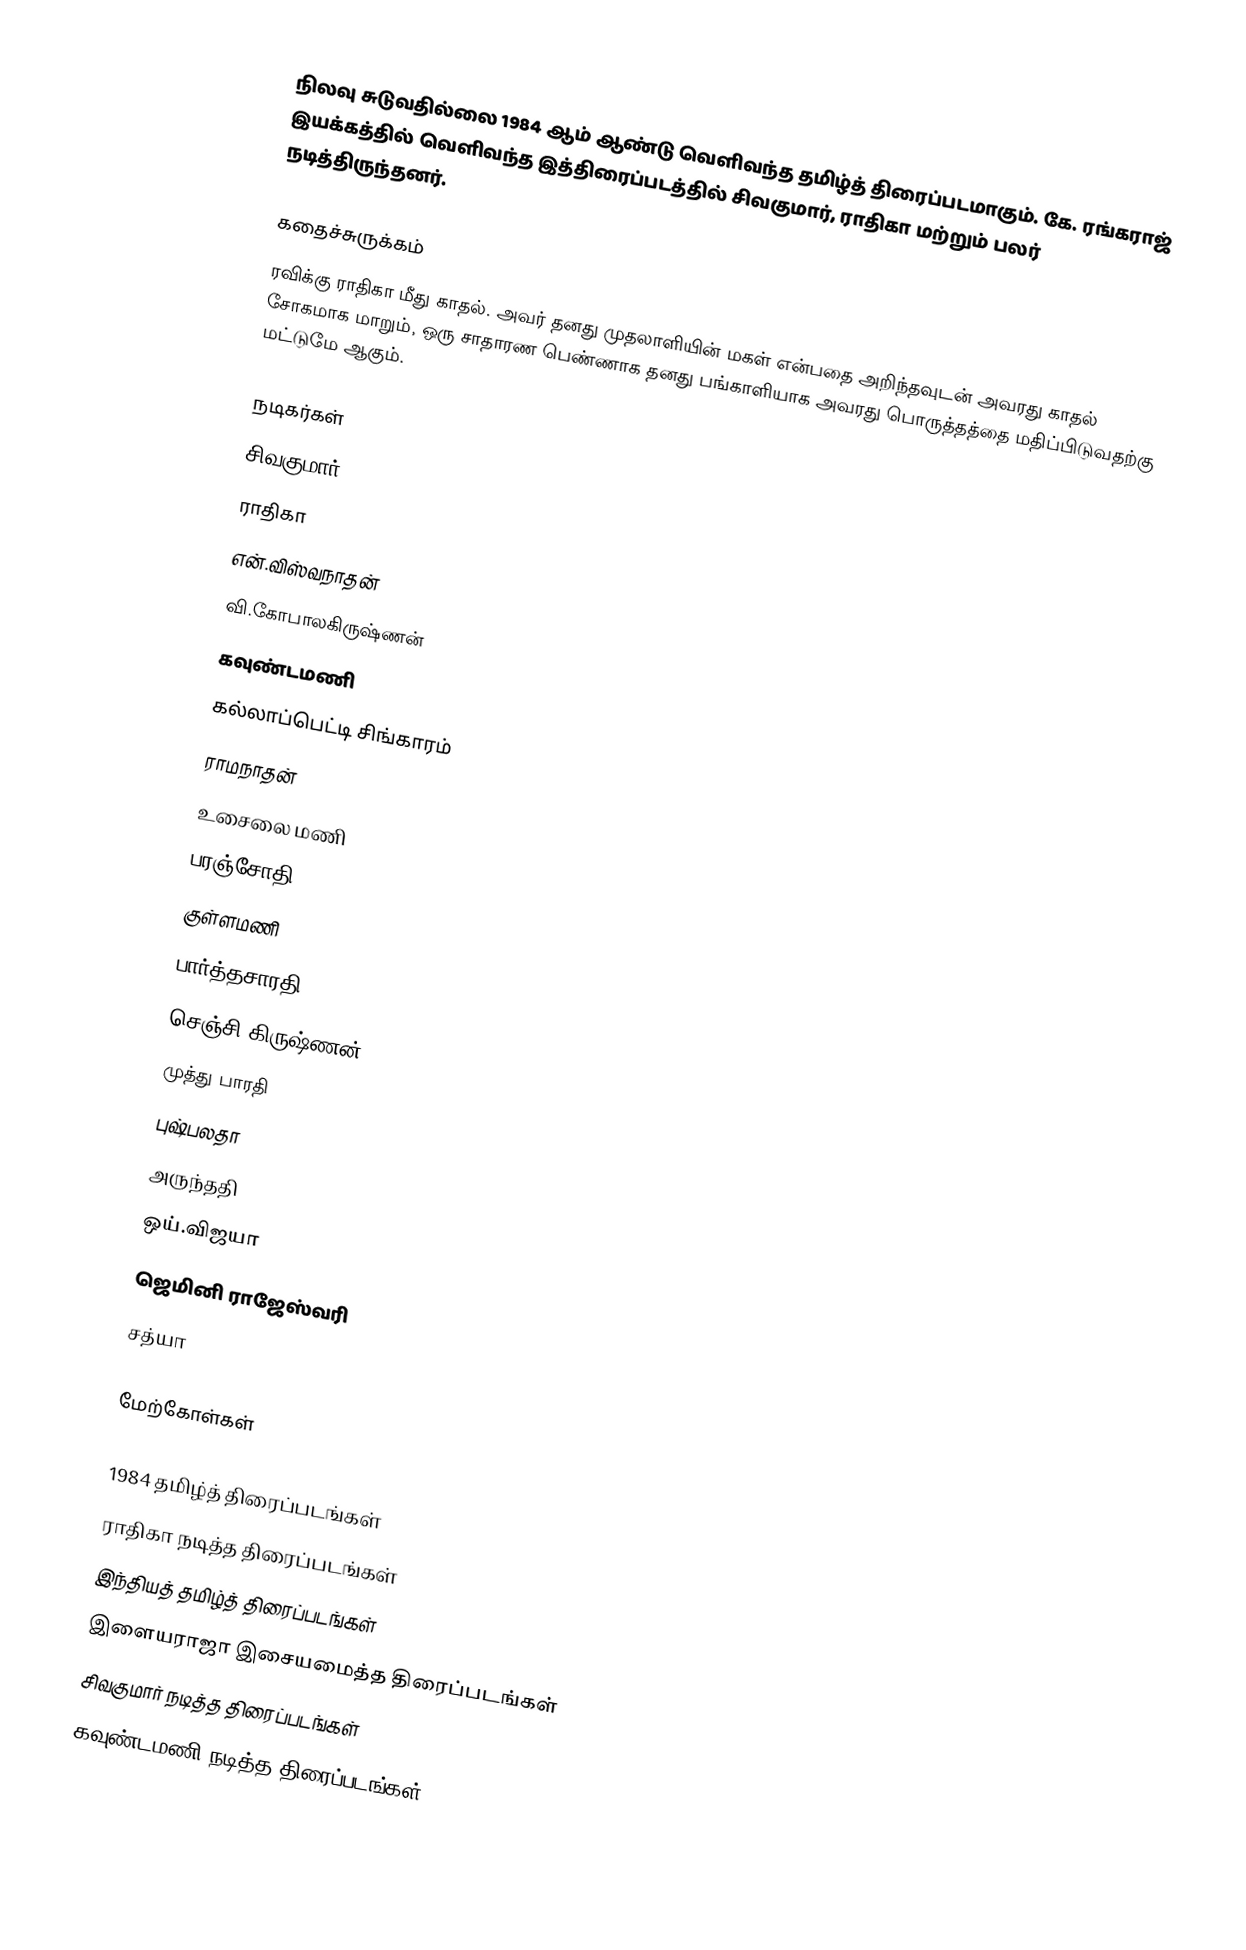
நிலவு சுடுவதில்லை 1984 ஆம் ஆண்டு வெளிவந்த தமிழ்த் திரைப்படமாகும். கே. ரங்கராஜ் இயக்கத்தில் வெளிவந்த இத்திரைப்படத்தில் சிவகுமார், ராதிகா மற்றும் பலர் நடித்திருந்தனர்.

கதைச்சுருக்கம்
ரவிக்கு ராதிகா மீது காதல். அவர் தனது முதலாளியின் மகள் என்பதை அறிந்தவுடன் அவரது காதல் சோகமாக மாறும், ஒரு சாதாரண பெண்ணாக தனது பங்காளியாக அவரது பொருத்தத்தை மதிப்பிடுவதற்கு மட்டுமே ஆகும்.

நடிகர்கள்
 சிவகுமார்
 ராதிகா
 என்.விஸ்வநாதன்
 வி.கோபாலகிருஷ்ணன்
 கவுண்டமணி
 கல்லாப்பெட்டி சிங்காரம்
 ராமநாதன்
 உசைலை மணி
 பரஞ்சோதி
 குள்ளமணி
 பார்த்தசாரதி
 செஞ்சி கிருஷ்ணன்
 முத்து பாரதி
 புஷ்பலதா
 அருந்ததி
 ஒய்.விஜயா
 ஜெமினி ராஜேஸ்வரி
 சத்யா

மேற்கோள்கள்

1984 தமிழ்த் திரைப்படங்கள்
ராதிகா நடித்த திரைப்படங்கள்
இந்தியத் தமிழ்த் திரைப்படங்கள்
இளையராஜா இசையமைத்த திரைப்படங்கள்
சிவகுமார் நடித்த திரைப்படங்கள்
கவுண்டமணி நடித்த திரைப்படங்கள்